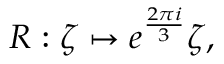
R : \zeta \mapsto e ^ { \frac { 2 \pi i } { 3 } } \zeta ,